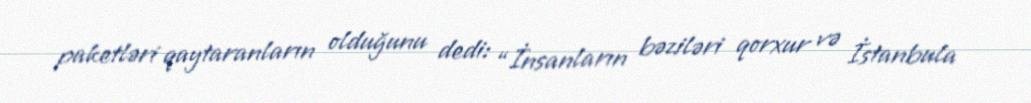
paketləri qaytaranların olduğunu dedi: “İnsanların bəziləri qorxur və İstanbula